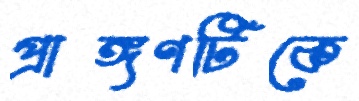
প্রাঙ্গণটিকে